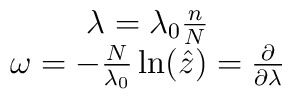
\matrix{\lambda=\lambda_0\frac{n}{N}     \cr\omega =-\frac{N}{\lambda_0}\ln(\hat{z}) =\frac{\partial}{\partial \lambda}}